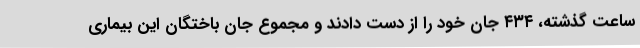
ساعت گذشته، ۴۳۴ جان خود را از دست دادند و مجموع جان باختگان این بیماری